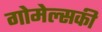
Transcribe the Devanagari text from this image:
गोमेल्सकी